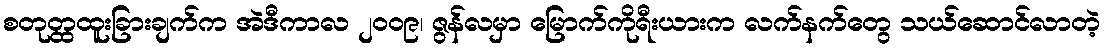
စတုတ္ထထူးခြားချက်က အဲဒီကာလ ၂၀၀၉၊ ဇွန်လမှာ မြောက်ကိုရီးယားက လက်နက်တွေ သယ်ဆောင်လာတဲ့